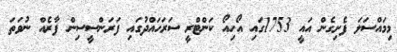
މިމައްސަލަ ފެށިގެން އައީ 1753ގައި އޯހިއޯ ކަންޓްރީ ސަރަހައްދުގައި ފަރަންސީސިން ފާރެއް ނުވަތަ